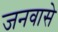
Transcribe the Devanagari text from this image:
जनवासे